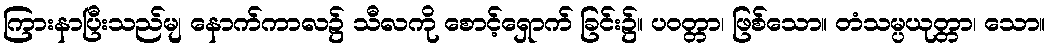
ကြားနာပြီးသည်မျ နောက်ကာလ၌ သီလကို စောင့်ရှောက် ခြင်း၌။ ပဝတ္တာ၊ ဖြစ်သော။ တံသမ္ပယုတ္တာ၊ သော။